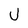
Character: U